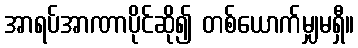
အာရပ်အာဏာပိုင်ဆို၍ တစ်ယောက်မျှမရှီ။